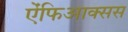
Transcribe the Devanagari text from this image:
ऐंफिआक्सस